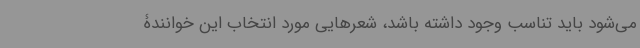
می‌شود باید تناسب وجود داشته باشد، شعرهایی مورد انتخاب این خوانندۀ